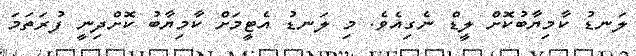
ލަނޑު ކާމިޔާބުކޮށް ލީޑް ނެގިއެވެ. މި ލަނޑު އެޓީމަށް ކާމިޔާބު ކޮށްދިނީ ފުރަތަމަ